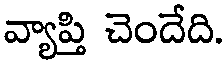
వ్యాప్తి చెందేది.